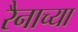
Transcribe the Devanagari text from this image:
रैनाच्या